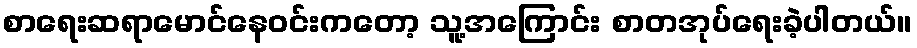
စာရေးဆရာမောင်နေဝင်းကတော့ သူ့အကြောင်း စာတအုပ်ရေးခဲ့ပါတယ်။